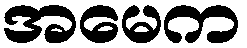
အမေက